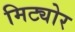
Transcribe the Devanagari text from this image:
मिट्योर